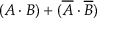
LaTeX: ( A \cdot B ) + ( { \overline { { A } } } \cdot { \overline { { B } } } )